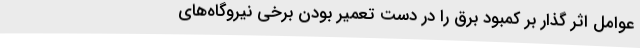
عوامل اثر گذار بر کمبود برق را در دست تعمیر بودن برخی نیروگاه‌های